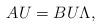
LaTeX: \begin{align*}A U = B U \Lambda,\end{align*}